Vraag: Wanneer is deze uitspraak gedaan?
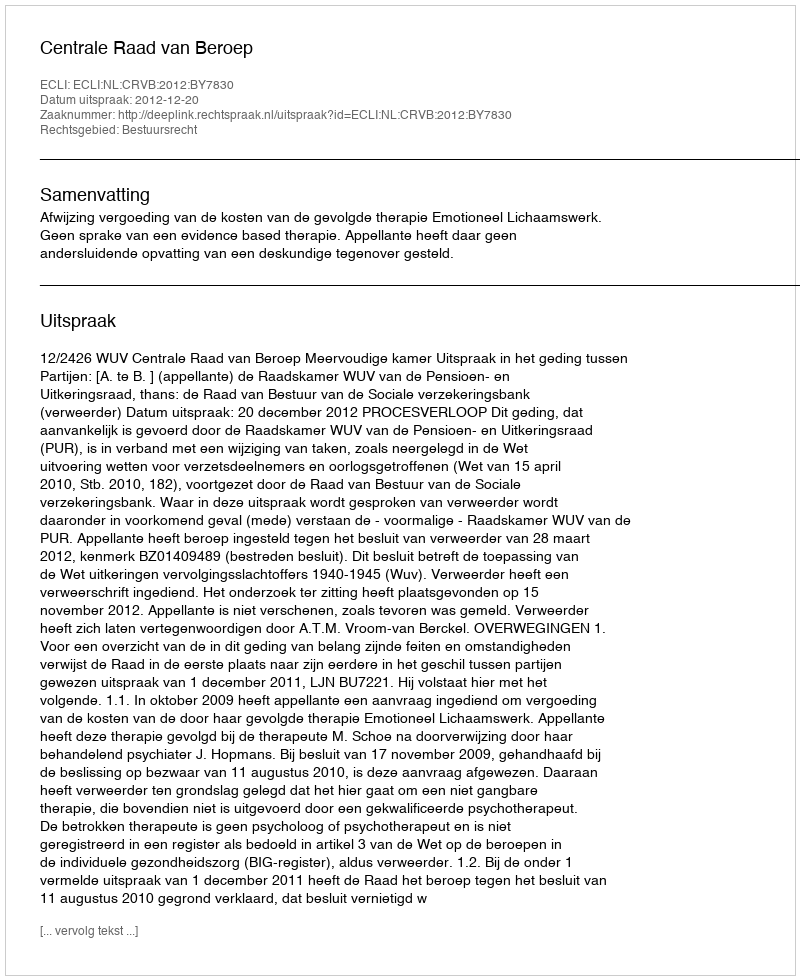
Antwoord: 2012-12-20